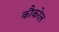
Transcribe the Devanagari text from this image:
कौकरेल